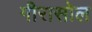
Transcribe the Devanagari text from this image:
गीरासोल